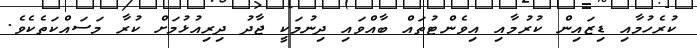
ކުރެހުމާއި ޑިޒައިން ކުރުމާއި އިވެންޓުތައް ބާއްވައި ދިނުމަކީ ޖާދު ދިރިއުޅުމަށް ކުރާ މަސައްކަތެކެވެ.